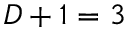
D + 1 = 3